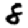
Digit: 8